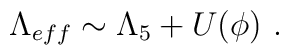
\Lambda_{eff} \sim \Lambda_{5} + U(\phi)\ .